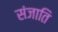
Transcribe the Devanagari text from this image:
संजाति